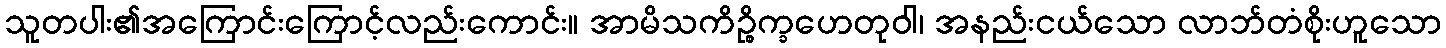
သူတပါး၏အကြောင်းကြောင့်လည်းကောင်း။ အာမိသကိဉ္စိက္ခဟေတုဝါ၊ အနည်းငယ်သော လာဘ်တံစိုးဟူသော